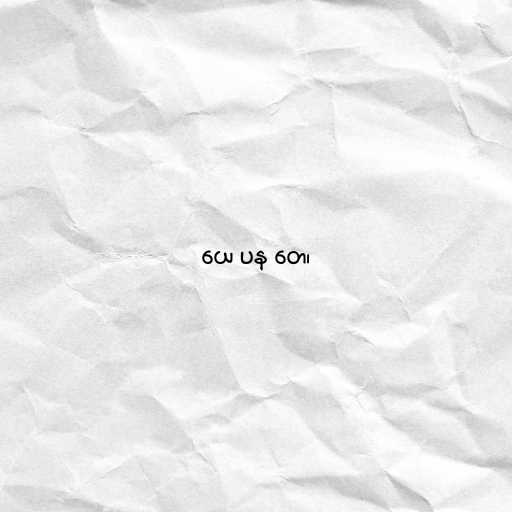
ယေ ပန တေ၊